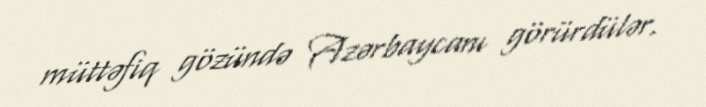
müttəfiq gözündə Azərbaycanı görürdülər.